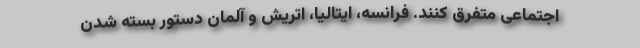
اجتماعی متفرق کنند. فرانسه، ایتالیا، اتریش و آلمان دستور بسته شدن